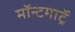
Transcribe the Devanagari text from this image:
मॉन्टमार्ट्रे